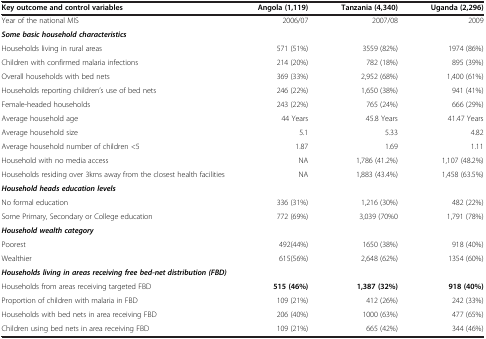
<table><thead><tr><td><b>Key outcome and control variables</b></td><td><b>Angola (1,119)</b></td><td><b>Tanzania (4,340)</b></td><td><b>Uganda (2,296)</b></td></tr></thead><tbody><tr><td>Year of the national MIS</td><td>2006/07</td><td>2007/08</td><td>2009</td></tr><tr><td><b><i>Some basic household characteristics</i></b></td><td> </td><td> </td><td> </td></tr><tr><td>Households living in rural areas</td><td>571 (51%)</td><td>3559 (82%)</td><td>1974 (86%)</td></tr><tr><td>Children with confirmed malaria infections</td><td>214 (20%)</td><td>782 (18%)</td><td>895 (39%)</td></tr><tr><td>Overall households with bed nets</td><td>369 (33%)</td><td>2,952 (68%)</td><td>1,400 (61%)</td></tr><tr><td>Households reporting children’s use of bed nets</td><td>246 (22%)</td><td>1,650 (38%)</td><td>941 (41%)</td></tr><tr><td>Female-headed households</td><td>243 (22%)</td><td>765 (24%)</td><td>666 (29%)</td></tr><tr><td>Average household age</td><td>44 Years</td><td>45.8 Years</td><td>41.47 Years</td></tr><tr><td>Average household size</td><td>5.1</td><td>5.33</td><td>4.82</td></tr><tr><td>Average household number of children &lt;5</td><td>1.87</td><td>1.69</td><td>1.11</td></tr><tr><td>Household with no media access</td><td>NA</td><td>1,786 (41.2%)</td><td>1,107 (48.2%)</td></tr><tr><td>Households residing over 3kms away from the closest health facilities</td><td>NA</td><td>1,883 (43.4%)</td><td>1,458 (63.5%)</td></tr><tr><td><b><i>Household heads education levels</i></b></td><td colspan="3"> </td></tr><tr><td>No formal education</td><td>336 (31%)</td><td>1,216 (30%)</td><td>482 (22%)</td></tr><tr><td>Some Primary, Secondary or College education</td><td>772 (69%)</td><td>3,039 (70%0</td><td>1,791 (78%)</td></tr><tr><td><b><i>Household wealth category</i></b></td><td colspan="3"> </td></tr><tr><td>Poorest</td><td>492(44%)</td><td>1650 (38%)</td><td>918 (40%)</td></tr><tr><td>Wealthier</td><td>615(56%)</td><td>2,648 (62%)</td><td>1354 (60%)</td></tr><tr><td colspan="4"><b><i>Households living in areas receiving free bed-net distribution (FBD)</i></b></td></tr><tr><td>Households from areas receiving targeted FBD</td><td><b>515 (46%)</b></td><td><b>1,387 (32%)</b></td><td><b>918 (40%)</b></td></tr><tr><td>Proportion of children with malaria in FBD</td><td>109 (21%)</td><td>412 (26%)</td><td>242 (33%)</td></tr><tr><td>Households with bed nets in area receiving FBD</td><td>206 (40%)</td><td>1000 (63%)</td><td>477 (65%)</td></tr><tr><td>Children using bed nets in area receiving FBD</td><td>109 (21%)</td><td>665 (42%)</td><td>344 (46%)</td></tr></tbody></table>